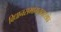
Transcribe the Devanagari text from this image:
विधानसभामतदारसंघ